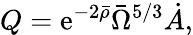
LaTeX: Q=\mathrm{e}^{-2\bar{{\rho}}}\bar{{\Omega}}^{5/3}\dot{{A}},